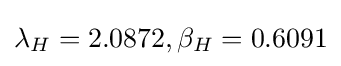
{\textstyle \lambda _{H}=2.0872,\beta _{H}=0.6091}